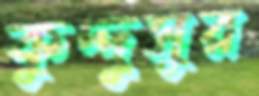
কুদ্দুসুর